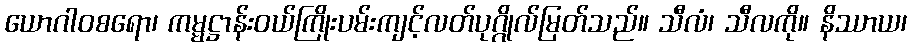
ယောဂါဝစရော၊ ကမ္မဋ္ဌာန်းဝယ်ကြိုးပမ်းကျင့်လတ်ပုဂ္ဂိုလ်မြတ်သည်။ သီလံ၊ သီလကို။ နိဿာယ၊